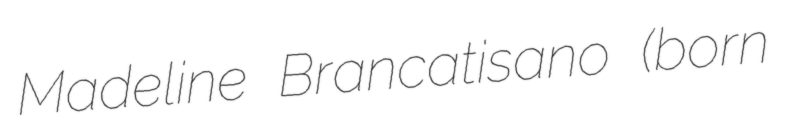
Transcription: Madeline Brancatisano (born